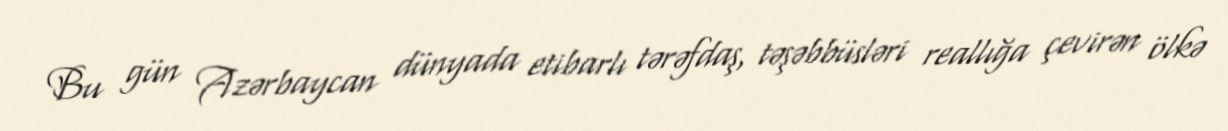
Bu gün Azərbaycan dünyada etibarlı tərəfdaş, təşəbbüsləri reallığa çevirən ölkə